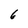
Character: 6